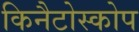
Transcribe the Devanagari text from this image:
किनैटोस्कोप